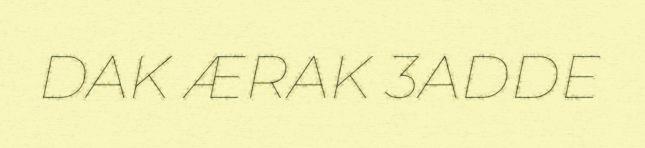
DAK ÆRAK 3ADDE